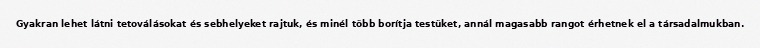
Gyakran lehet látni tetoválásokat és sebhelyeket rajtuk, és minél több borítja testüket, annál magasabb rangot érhetnek el a társadalmukban.